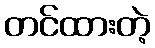
တင်ထားတဲ့